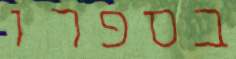
בספרו